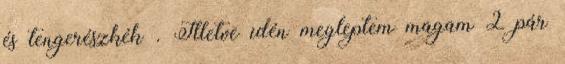
és tengerészkék . Illetve idén megleptem magam 2 pár